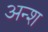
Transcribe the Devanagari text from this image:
अन्श